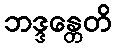
ဘဒ္ဒန္တေတိ